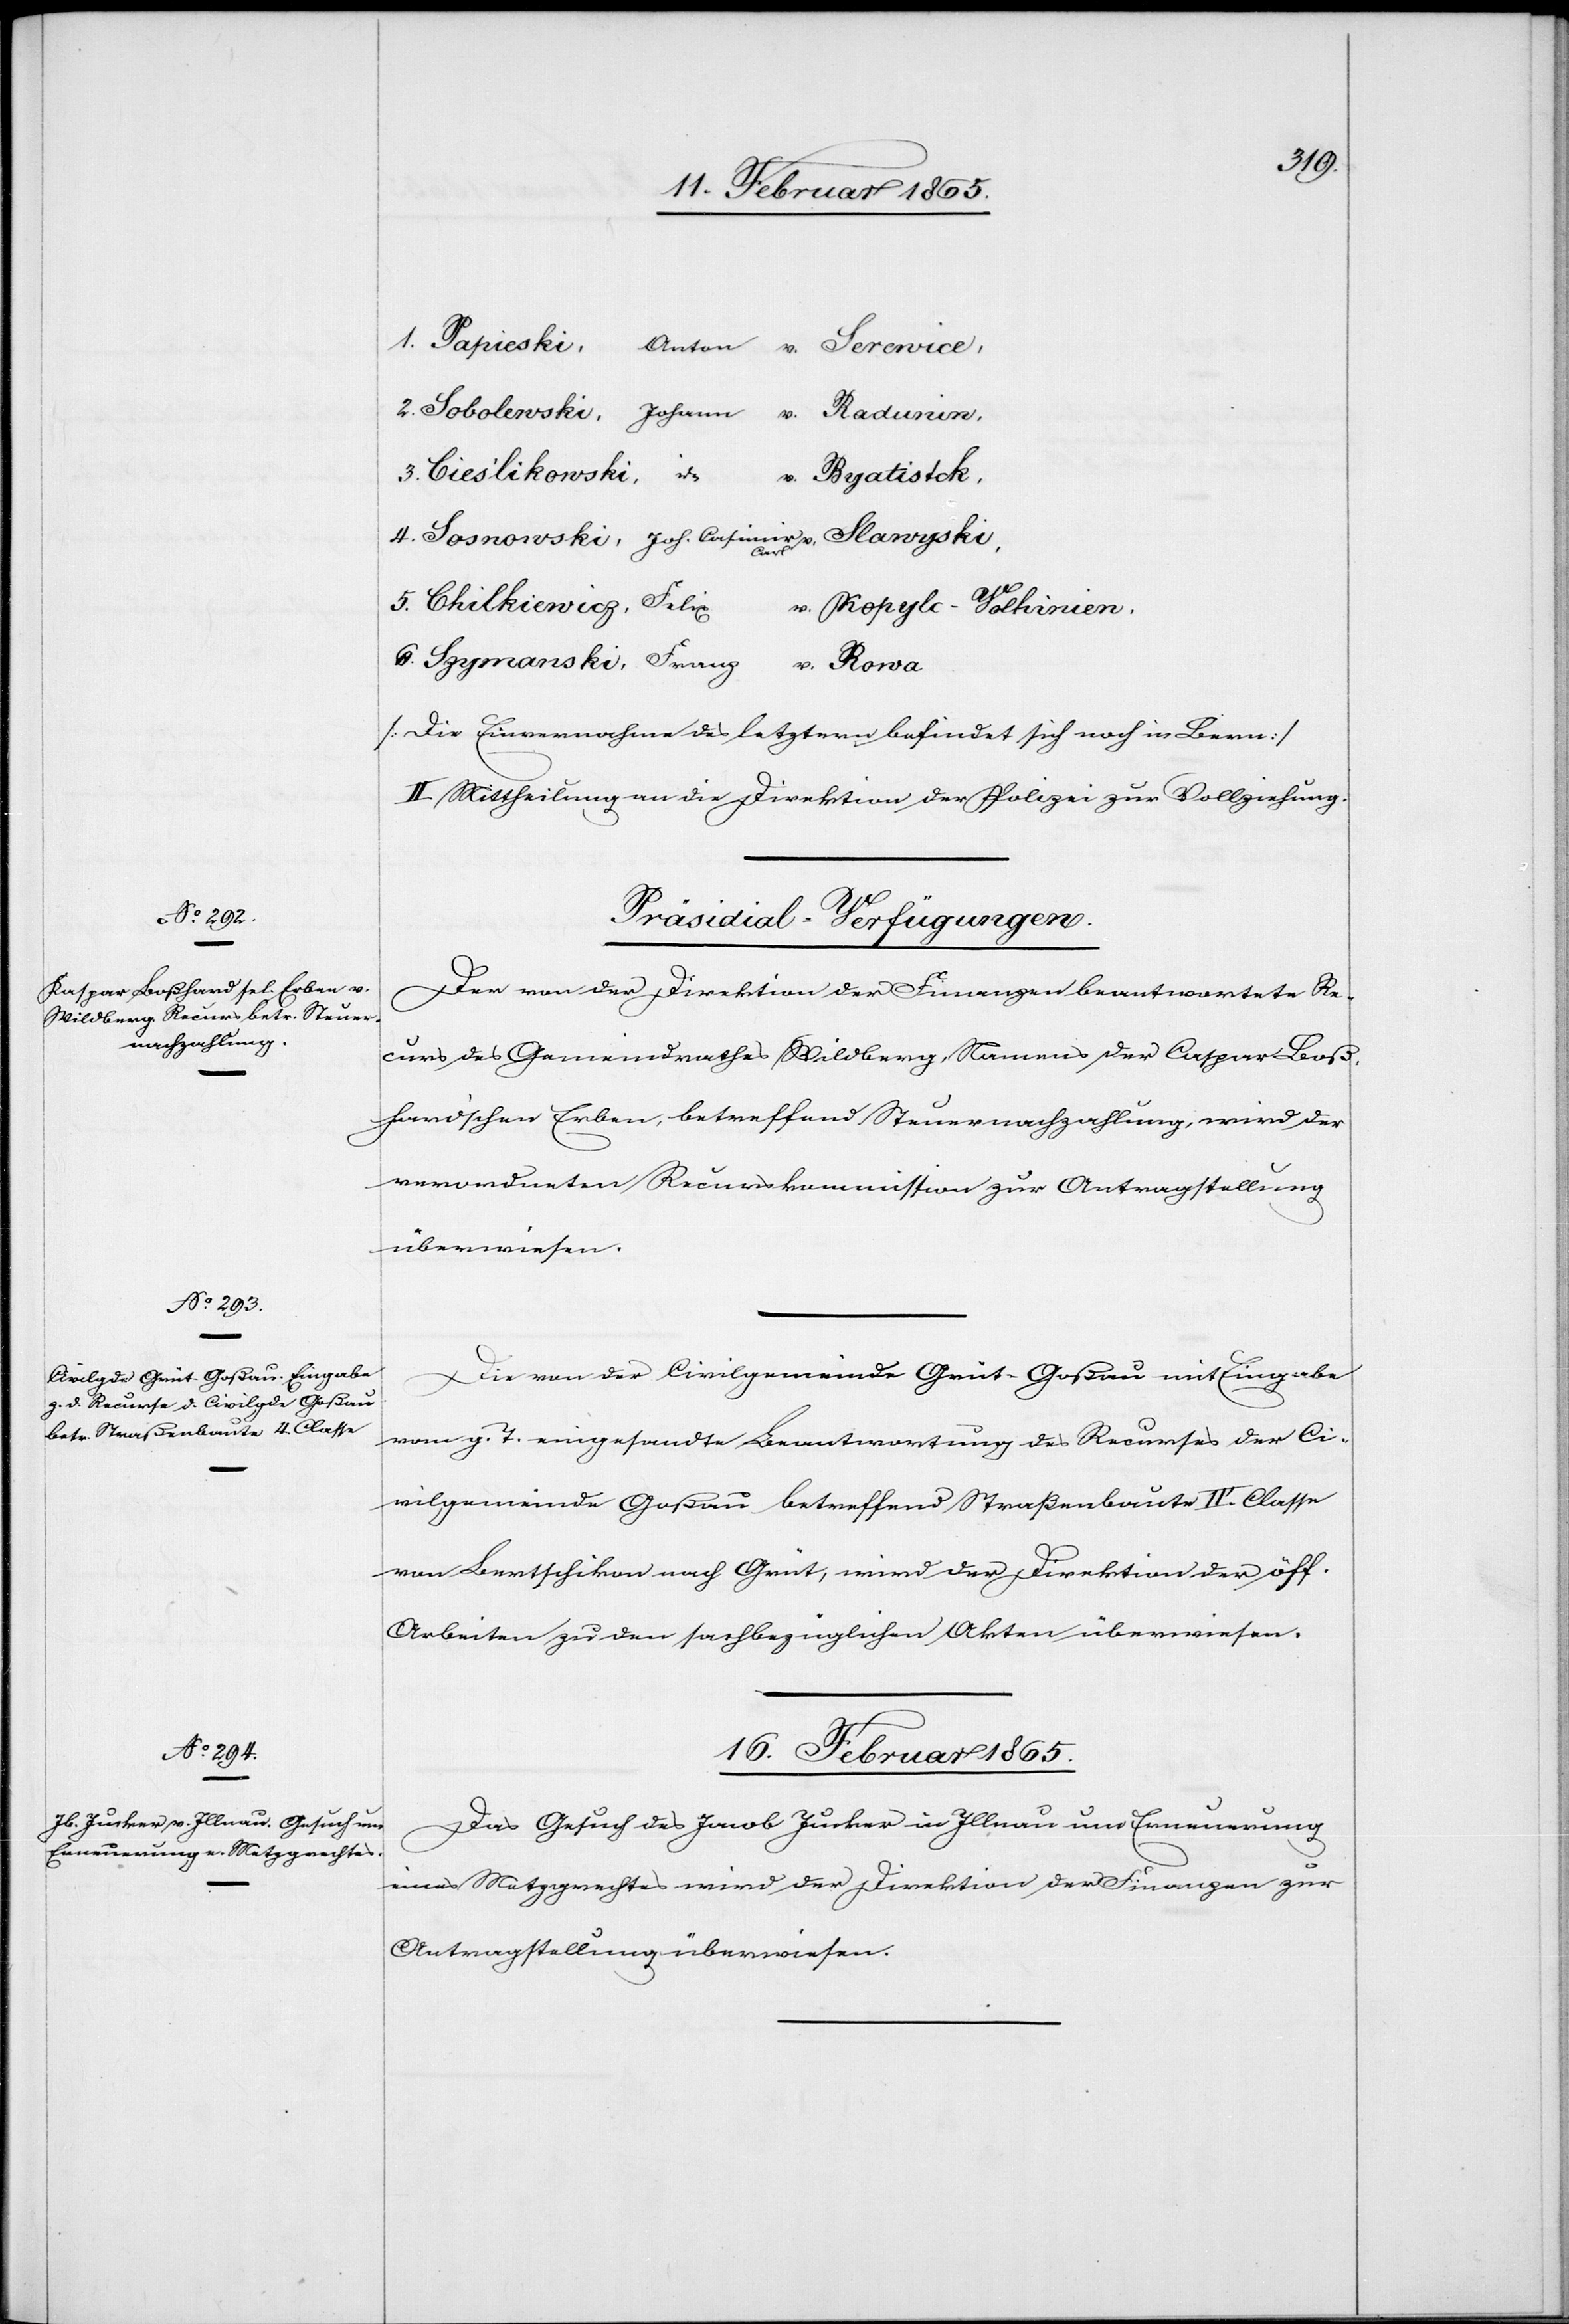
1. Papieski, Anton v. Sercwice,
2. Sobolewski, Johann v. Radunin,
3. Cieslikowski, id v. Byatisick,
4. Sosnowski, Joh. Casimir Carl v.
5. Chilkiewicz, Felix v. Kopylc-Volkinien,
6. Szymanski, Franz v. Rowa
[Die Einvernahme des letztern befindet sich noch in Bern]
II. Mittheilung an die Direktion der Polizei zur Vollziehung.
[Präsidial-Verfügungen.]
Der von der Direktion der Finanzen beantwortete Re¬
curs des Gemeindrathes Wildberg, Namens der Caspar Bos¬
hard’schen Erben, betreffend Steuernachzahlung, wird der
verordneten Recurskommission zur Antragstellung
überwiesen.
Die von der Civilgemeinde Grüt-Goßau mit Eingabe
vom g. T. eingesandte Beantwortung des Recurses der Ci¬
vilgemeinde Goßau betreffend Straßenbaute IV. Classe
von Bertschikon nach Grüt, wird der Direktion der öff.
Arbeiten zu den sachbezüglichen Akten überwiesen.
16. Februar 1865.
Das Gesuch des Jacob Jucker in Illnau um Erneuerung
eines Metzgrechtes wird der Direktion der Finanzen zur
Antragstellung überwiesen.